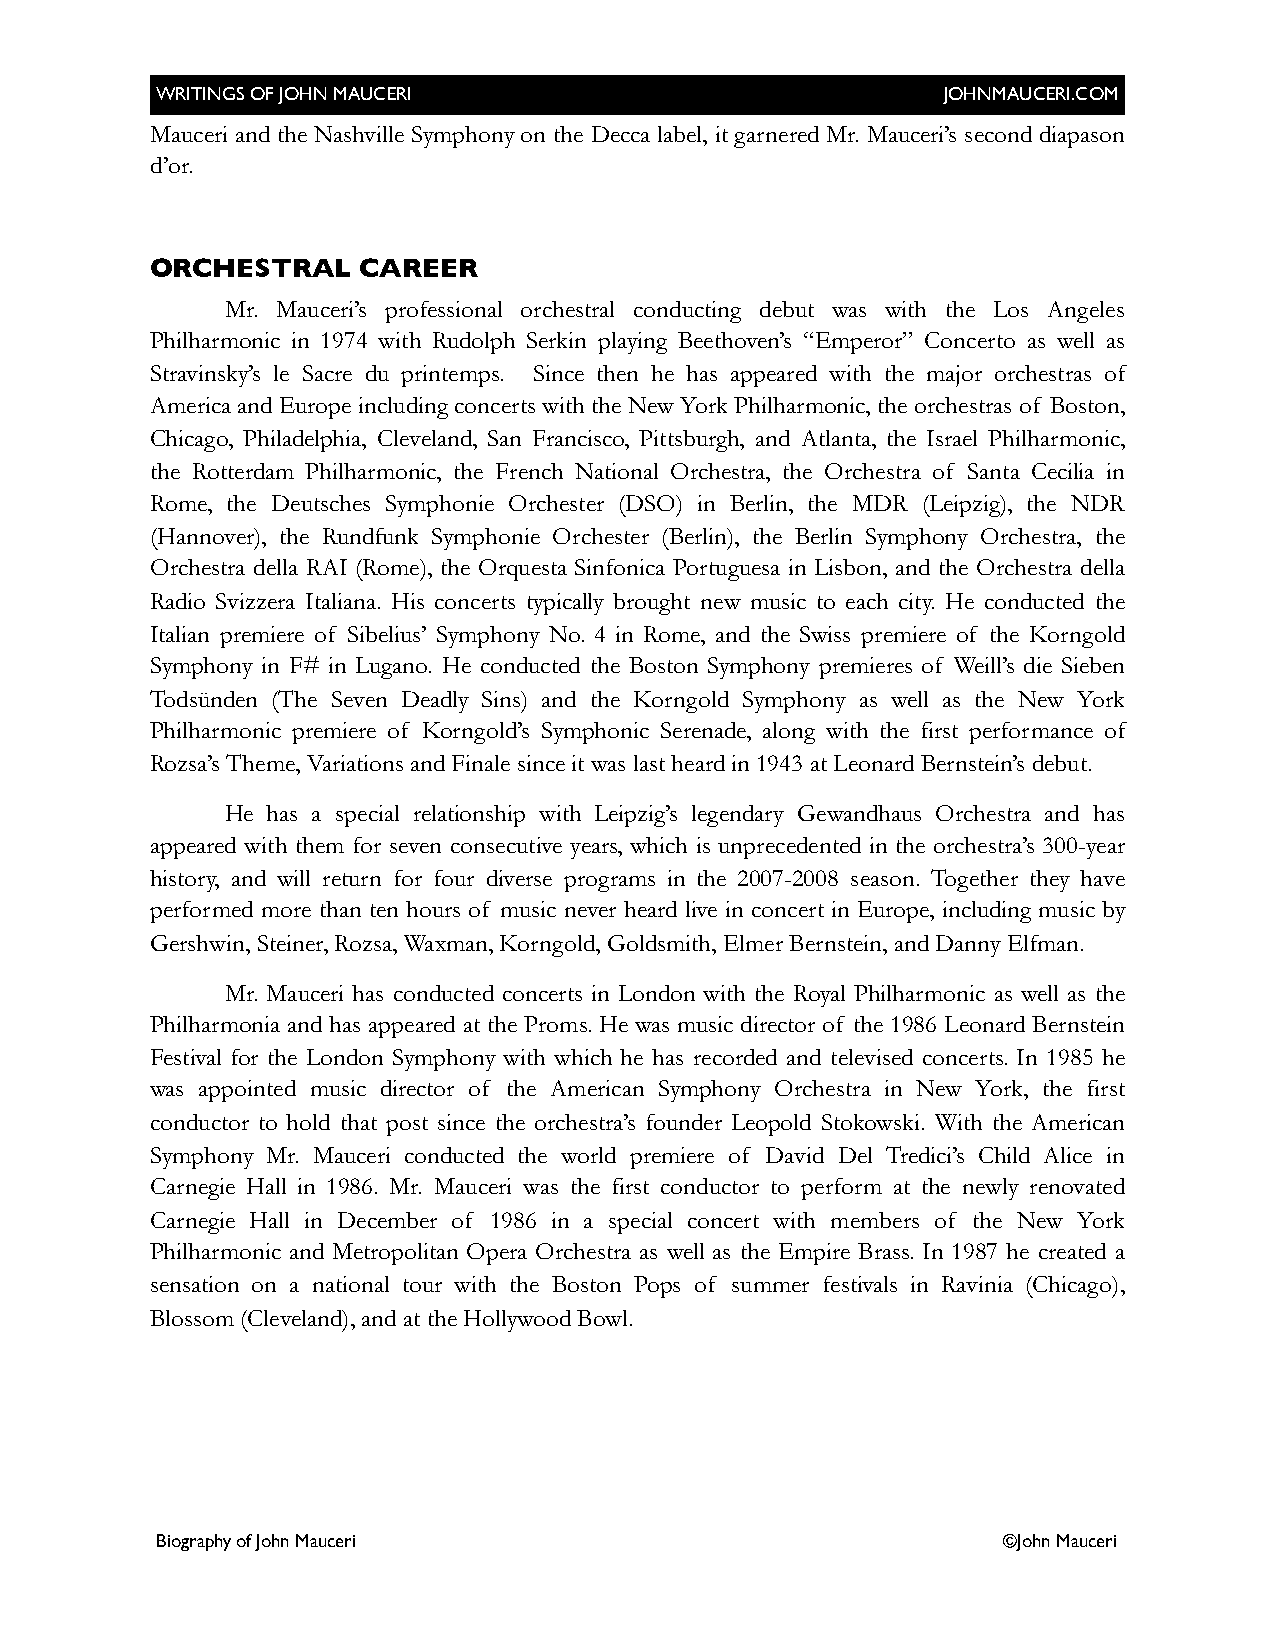
WRITINGS OF JOHN MAUCERI                             JOHNMAUCERI.COM
 Mauceri and the Nashville Symphony on the Decca label, it garnered Mr. Mauceri’s second diapason
 d’or.
 ORCHESTRAL    CAREER
 Mr. Mauceri’s professional orchestral conducting debut was with the Los Angeles
 Philharmonic in 1974 with Rudolph Serkin playing Beethoven’s “Emperor” Concerto as well as
 Stravinsky’s le Sacre du printemps. Since then he has appeared with the major orchestras of
 America and Europe including concerts with the New York Philharmonic, the orchestras of Boston,
 Chicago, Philadelphia, Cleveland, San Francisco, Pittsburgh, and Atlanta, the Israel Philharmonic,
 the Rotterdam Philharmonic, the French National Orchestra, the Orchestra of Santa Cecilia in
 Rome, the Deutsches Symphonie Orchester (DSO) in Berlin, the MDR (Leipzig), the NDR
 (Hannover), the Rundfunk Symphonie Orchester (Berlin), the Berlin Symphony Orchestra, the
 Orchestra della RAI (Rome), the Orquesta Sinfonica Portuguesa in Lisbon, and the Orchestra della
 Radio Svizzera Italiana. His concerts typically brought new music to each city. He conducted the
 Italian premiere of Sibelius’ Symphony No. 4 in Rome, and the Swiss premiere of the Korngold
 Symphony in F# in Lugano. He conducted the Boston Symphony premieres of Weill’s die Sieben
 Todsünden (The Seven Deadly Sins) and the Korngold Symphony as well as the New York
 Philharmonic premiere of Korngold’s Symphonic Serenade, along with the first performance of
 Rozsa’s Theme, Variations and Finale since it was last heard in 1943 at Leonard Bernstein’s debut.
 He has a special relationship with Leipzig’s legendary Gewandhaus Orchestra and has
 appeared with them for seven consecutive years, which is unprecedented in the orchestra’s 300-year
 history, and will return for four diverse programs in the 2007-2008 season. Together they have
 performed more than ten hours of music never heard live in concert in Europe, including music by
 Gershwin, Steiner, Rozsa, Waxman, Korngold, Goldsmith, Elmer Bernstein, and Danny Elfman.
 Mr. Mauceri has conducted concerts in London with the Royal Philharmonic as well as the
 Philharmonia and has appeared at the Proms. He was music director of the 1986 Leonard Bernstein
 Festival for the London Symphony with which he has recorded and televised concerts. In 1985 he
 was appointed music director of the American Symphony Orchestra in New York, the first
 conductor to hold that post since the orchestra’s founder Leopold Stokowski. With the American
 Symphony Mr. Mauceri conducted the world premiere of David Del Tredici’s Child Alice in
 Carnegie Hall in 1986. Mr. Mauceri was the first conductor to perform at the newly renovated
 Carnegie Hall in December of 1986 in a special concert with members of the New York
 Philharmonic and Metropolitan Opera Orchestra as well as the Empire Brass. In 1987 he created a
 sensation on a national tour with the Boston Pops of summer festivals in Ravinia (Chicago),
 Blossom (Cleveland), and at the Hollywood Bowl.
 Biography of John Mauceri                               ©John Mauceri